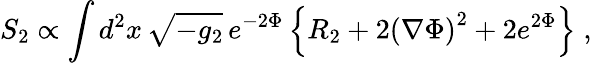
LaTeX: S_{2}\propto\int d^{2}x\, \sqrt{-g_{2}}\, e^{-2\Phi}\left\{ R_{2}+2{\left(\nabla\Phi\right)}^{2}+2e^{2\Phi}\right\} \; ,